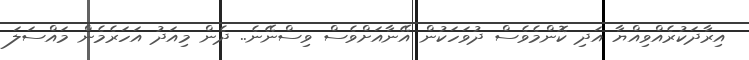
އިރާދަކުރެއްވިއްޔާ އަދި ކޮންމެވެސް ދުވަހަކުން އޭނާއަށްވެސް ވިސްނޭނެ.. ދެން މިއަދު އަހަރެމެން މައްސަލަ